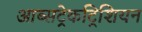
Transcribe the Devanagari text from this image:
आब्सट्रेकट्रिशियन